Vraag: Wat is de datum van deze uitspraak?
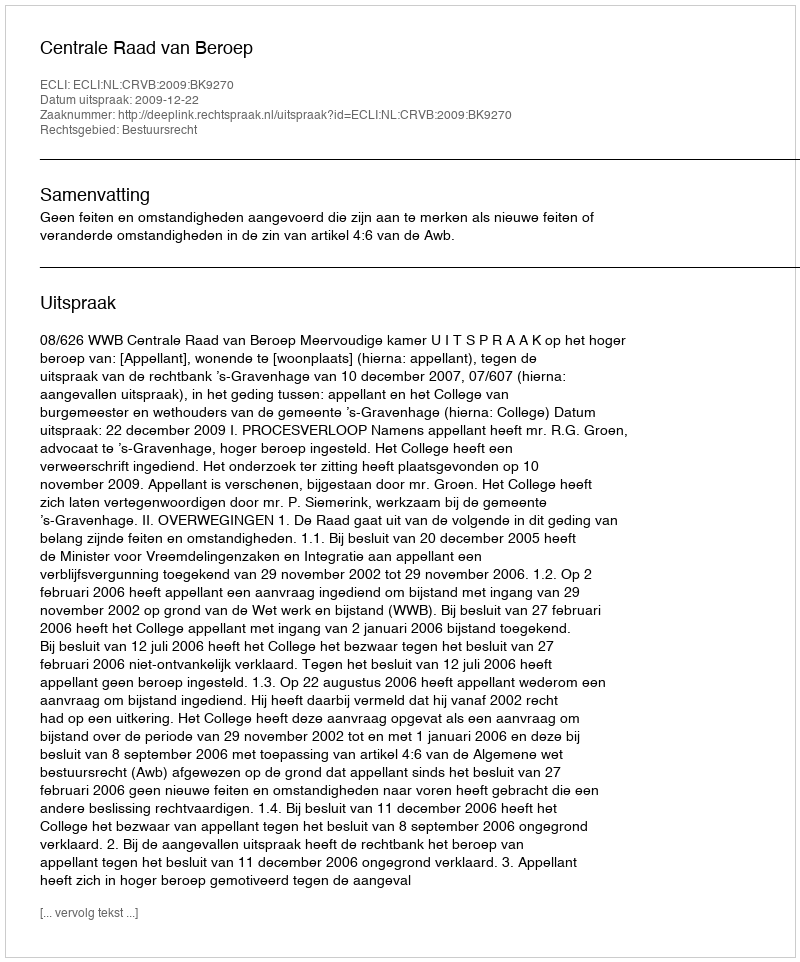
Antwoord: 2009-12-22